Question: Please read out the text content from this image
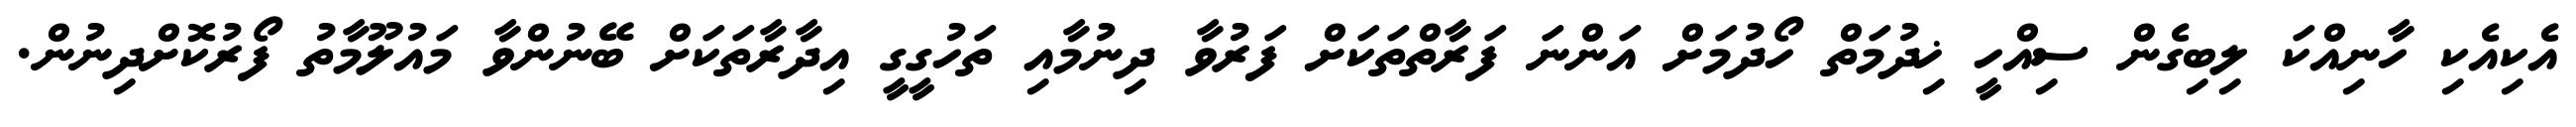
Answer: އެކިއެކި ހާނިއްކަ ލިބިގެން ސިއްހީ ޚިދުމަތް ހޯދުމަށް އަންނަ ފަރާތްތަކަށް ފަރުވާ ދިނުމާއި ތަހުގީގީ އިދާރާތަކަށް ބޭނުންވާ މައުލޫމާތު ފޯރުކޮށްދިނުން.